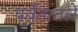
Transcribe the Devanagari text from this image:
पर्वतातले